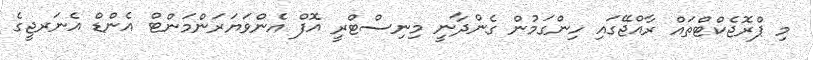
މި ޕްރޮޖެކްޓްތައް ރާއްޖޭގައި ހިންގަމުން ގެންދާނީ މިނިސްޓްރީ އޮފް އެންވަޔަރަންމަންޓް އެންޑް އެނަރޖީގެ